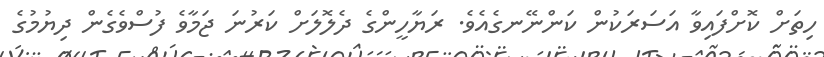
ހިތަށް ކޮށްފައިވާ އަސަރަކުން ކަންނޭނގެއެވެ. ރަޔާހީންގެ ދެލޮލަށް ކަރުނަ ޖަމާވެ ފުސްވެގެން ދިޔުމުގެ